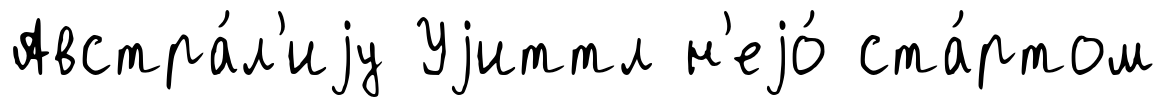
Австра́л'иjу Уjиттл н'еjо́ ста́ртом